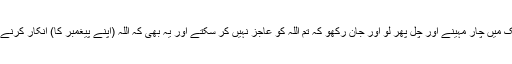
سو (اے مشرکین عرب)، اب ملک میں چار مہینے اور چل پھر لو اور جان رکھو کہ تم اللہ کو عاجز نہیں کر سکتے اور یہ بھی کہ اللہ (اپنے پیغمبر کا) انکار کرنے والوں کو رسوا کر کے رہے گا۔